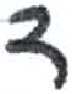
אות: ד